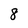
Character: 8